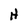
Character: H